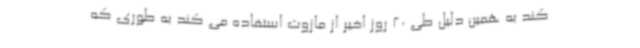
کند به همین دلیل طی 20 روز اخیر از مازوت استفاده می کند به طوری که